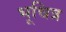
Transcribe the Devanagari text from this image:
भूचित्र